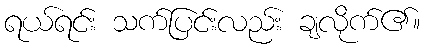
ရယ်ရင်း သက်ပြင်းလည်း ချလိုက်၏။